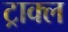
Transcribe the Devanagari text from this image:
ट्राक्ल